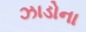
ઝાડોના